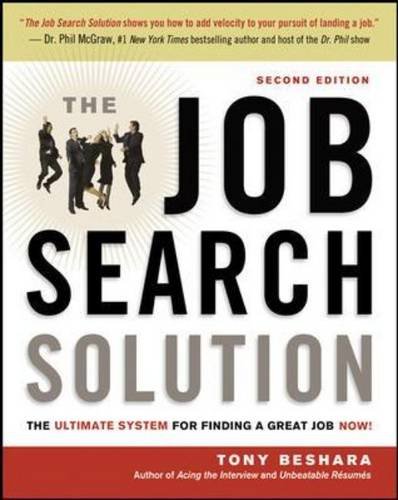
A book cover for The Job Search Solution: The Ultimate System for Finding a Great Job Now!; Tony Beshara; Business & Money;